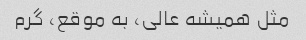
مثل همیشه عالی، به موقع، گرم